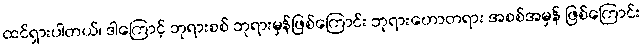
ထင်ရှားပါတယ်၊ ဒါကြောင့် ဘုရားစစ် ဘုရားမှန်ဖြစ်ကြောင်း ဘုရားဟောတရား အစစ်အမှန် ဖြစ်ကြောင်း